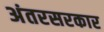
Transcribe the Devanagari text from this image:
अंतरसरकार